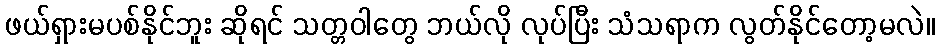
ဖယ်ရှားမပစ်နိုင်ဘူး ဆိုရင် သတ္တဝါတွေ ဘယ်လို လုပ်ပြီး သံသရာက လွတ်နိုင်တော့မလဲ။